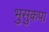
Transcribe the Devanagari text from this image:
भुसुकपा